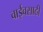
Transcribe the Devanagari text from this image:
वाईवसाठी